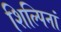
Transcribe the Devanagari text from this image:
शिल्पिनां